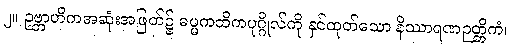
၂။ ဥဗ္ဘာဟိကအဆုံးအဖြတ်၌ ဓမ္မကထိကပုဂ္ဂိုလ်ကို နှင်ထုတ်သော နိဿာရဏဉတ္တိကံ၊